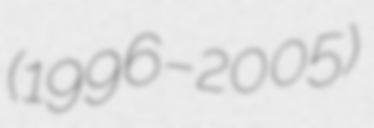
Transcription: (1996–2005)